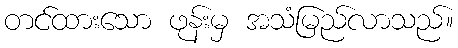
တင်ထားသော ဖုန်းမှ အသံမြည်လာသည်။